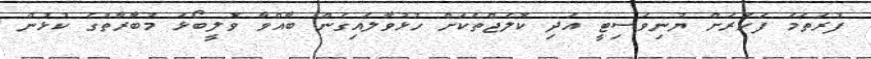
ފުރަތަމަ ފަހަރަށް ޔުނިވަސިޓީ އަދި ކޮލެޖްތަކަށް ހުޅުވާލައިގެން ބާއްވާ ވޮލީބޯޅަ މުބާރާތުގެ ކުޅުން